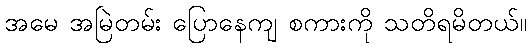
အမေ အမြဲတမ်း ပြောနေကျ စကားကို သတိရမိတယ်။